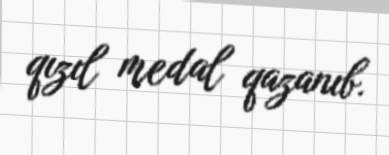
qızıl medal qazanıb.